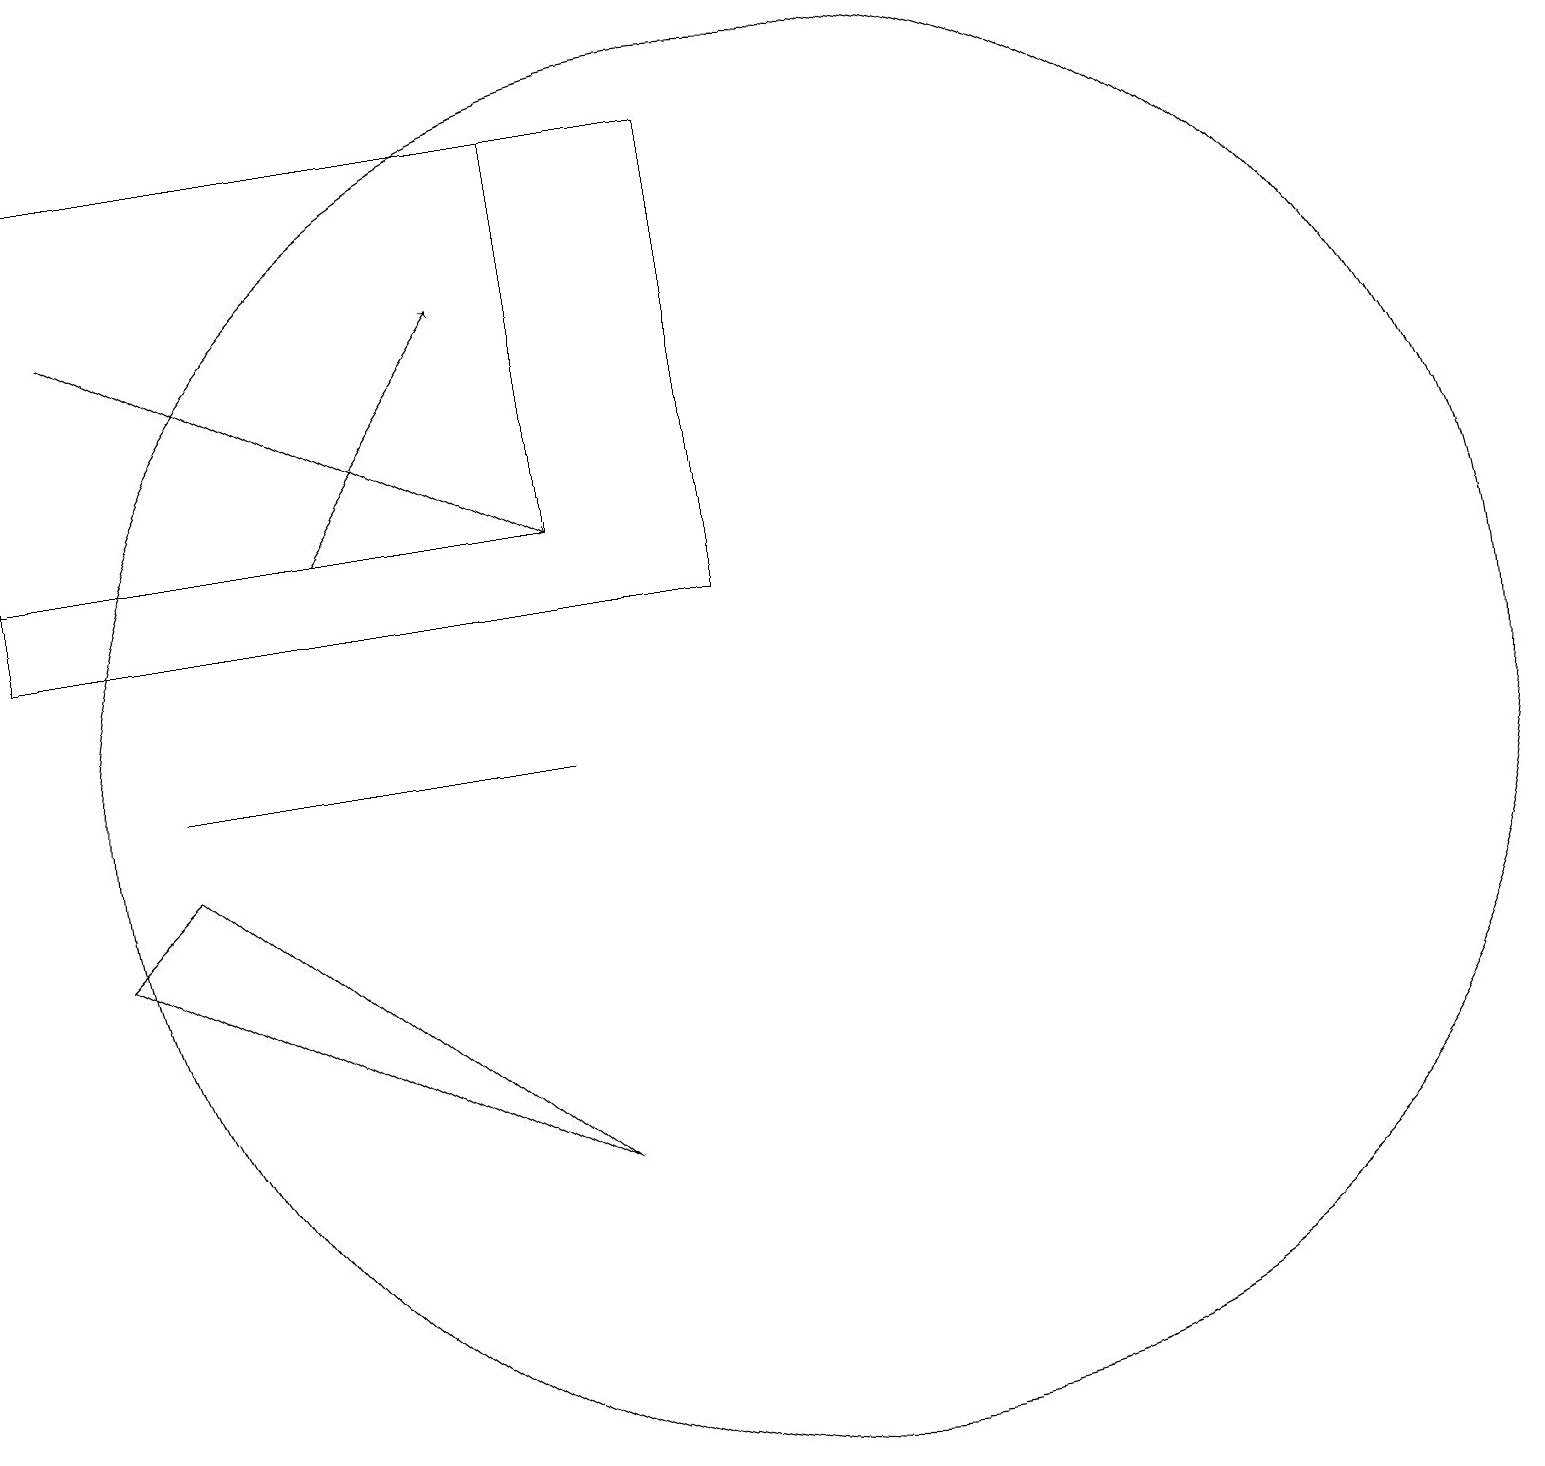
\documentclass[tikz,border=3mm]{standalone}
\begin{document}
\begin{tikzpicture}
\draw (9,18) rectangle (0,12);
\draw (1,8) -- (2,9) -- (7,5) -- cycle;
\draw (7,10) rectangle (2,10);
\draw[->] (1,16) -- (7,13);
\draw[->] (4,13) -- (6,16);
\draw (10,10) circle (9);
\draw (0,18) rectangle (7,13);
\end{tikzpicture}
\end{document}